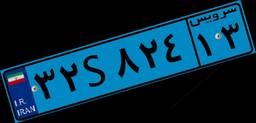
۱۵S۸۰۵۲۱